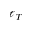
\ell _ { T }